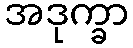
အဒုက္ခာ